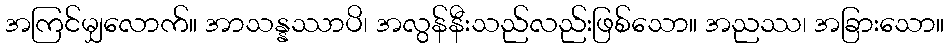
အကြင်မျှလောက်။ အာသန္နဿာပိ၊ အလွန်နီးသည်လည်းဖြစ်သော။ အညဿ၊ အခြားသော။